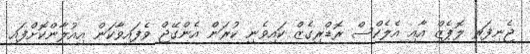
ޖެނިފަރ ލޮޕެޒް އާއި އެލެކްސް ރޮޑްރިގެޒް ކައިވެނި ކުރަން އެންގޭޖް ވެފައިވާކަން އިއުލާންކޮށްފައި